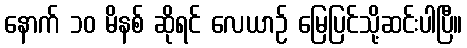
နောက် ၁၀ မိနစ် ဆိုရင် လေယာဉ် မြေပြင်သို့ဆင်းပါပြီ။